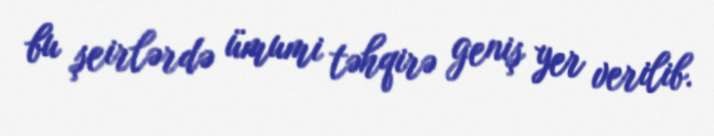
bu şeirlərdə ümumi təhqirə geniş yer verilib.